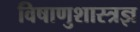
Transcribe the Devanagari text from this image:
विषाणुशास्त्रज्ञ